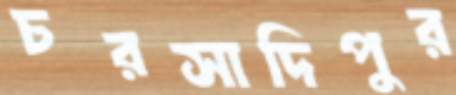
চরসাদিপুর